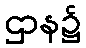
ဌာန၌